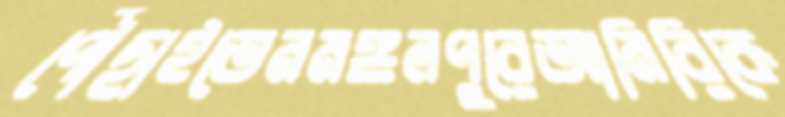
পৌঁছাইতেনমঙ্গলপুরেআমিরিকে